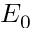
E _ { 0 }